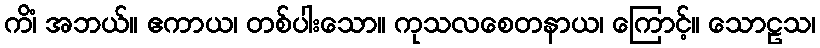
ကိံ၊ အဘယ်။ ဧကာယ၊ တစ်ပါးသော။ ကုသလစေတနာယ၊ ကြောင့်။ သောဠသ၊